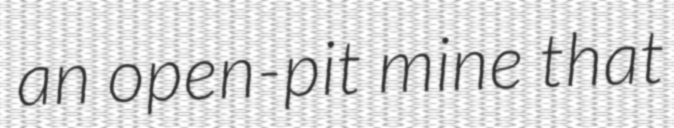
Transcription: an open-pit mine that